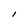
Character: I